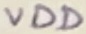
Text: VDD